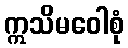
ဣသိမဝေါစုံ